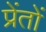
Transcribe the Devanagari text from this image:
प्रेंतों